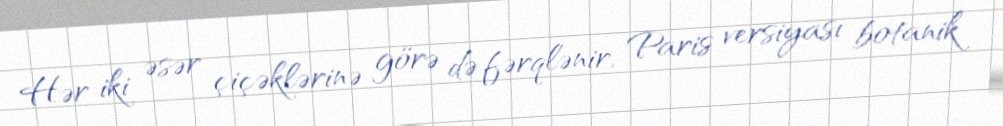
Hər iki əsər çiçəklərinə görə də fərqlənir, Paris versiyası botanik